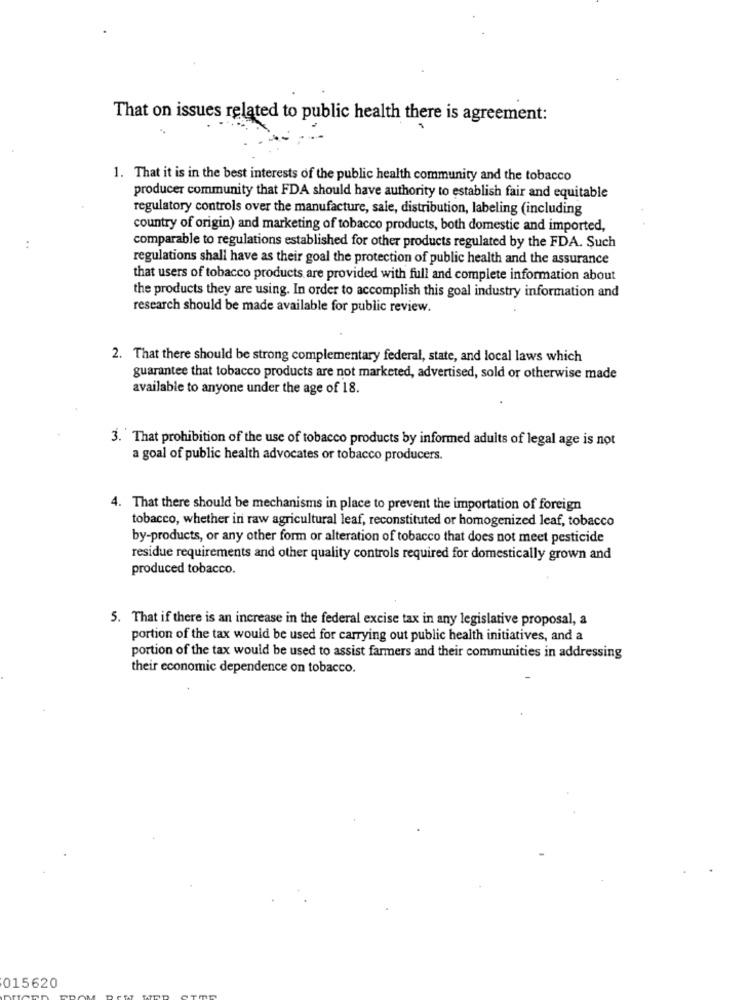
That on issues related to public health there is agreement:
1. That it is in the best interests of the public health community and the tobacco
producer community that FDA should have authority to establish fair and equitable
regulatory controls over the manufacture, sale, distribution, labeling (including
country of origin) and marketing of tobacco products, both domestic and imported,
..
comparable to regulations established for other products regulated by the FDA. Such
regulations shall have as their goal the protection of public health and the assurance
that users of tobacco products are provided with full and complete information about
the products they are using. In order to accomplish this goal industry information and
research should be made available for public review.
2. That there should be strong complementary federal, state, and local laws which
guarantee that tobacco products are not marketed, advertised, sold or otherwise made
available to anyone under the age of 18.
3. That prohibition of the use of tobacco products by informed adults of legal age is not
a goal of public health advocates or tobacco producers.
4. That there should be mechanisms in place to prevent the importation of foreign
tobacco, whether in raw agricultural leaf, reconstituted or homogenized leaf, tobacco
by-products, or any other form or alteration of tobacco that does not meet pesticide
residue requirements and other quality controls required for domestically grown and
produced tobacco.
5. That if there is an increase in the federal excise tax in any legislative proposal, a
portion of the tax would be used for carrying out public health initiatives, and a
portion of the tax would be used to assist farmers and their communities in addressing
their economic dependence on tobacco.
015620